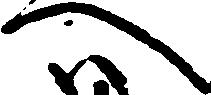
へ